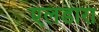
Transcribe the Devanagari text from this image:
एलडारा